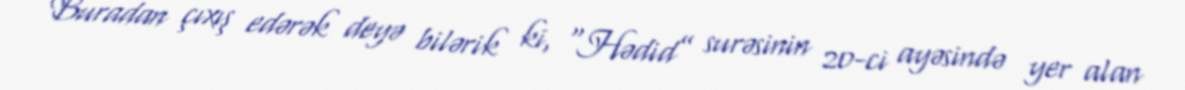
Buradan çıxış edərək deyə bilərik ki, “Hədid” surəsinin 20-ci ayəsində yer alan